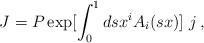
LaTeX: \begin{align*}J=P\exp [\int_0^1 ds x^i A_i (sx )]\,\,j\,,\end{align*}